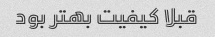
قبلا کیفیت بهتر بود